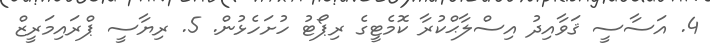
4. އަސާސީ ޤަވާއިދު އިސްލާޙްކުރާ ކޮމެޓީގެ ރިޕޯޓު ހުށަހެޅުން. 5. ރިޔާސީ ޕްރައިމަރީޒް